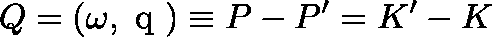
Q = ( \omega , \mathrm { \boldmath ~ q ~ } ) \equiv P - P ^ { \prime } = K ^ { \prime } - K